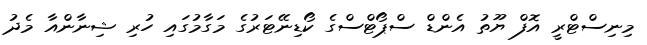
މިނިސްޓްރީ އޮފް ޔޫތު އެންޑް ސްޕޯޓްސްގެ ކޯޑިނޭޓަރުގެ މަގާމުގައި ހުރި ޝިނާންއާ މެދު